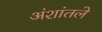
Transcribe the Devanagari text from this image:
अंशांतले